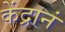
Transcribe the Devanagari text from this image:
केंद्रानं